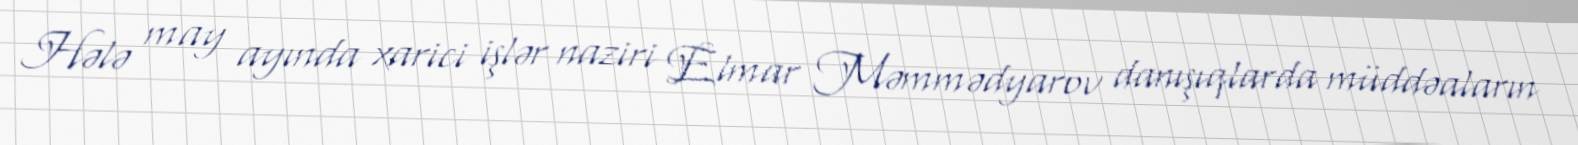
Hələ may ayında xarici işlər naziri Elmar Məmmədyarov danışıqlarda müddəaların